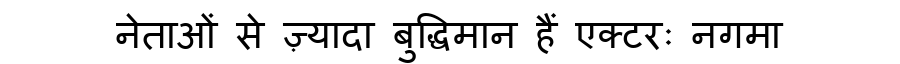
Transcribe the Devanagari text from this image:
नेताओं से ज़्यादा बुद्धिमान हैं एक्टरः नगमा